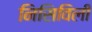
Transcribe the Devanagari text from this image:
निसिविली